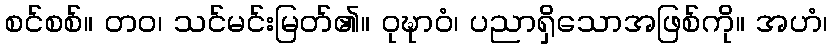
စင်စစ်။ တဝ၊ သင်မင်းမြတ်၏။ ဝုဍ္ဎာဝံ၊ ပညာရှိသောအဖြစ်ကို။ အဟံ၊